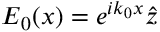
\boldsymbol { E } _ { 0 } ( x ) = e ^ { i k _ { 0 } x } \hat { z }